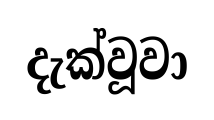
දැක්වූවා